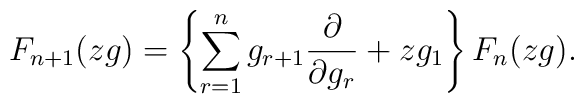
F_{n+1}(zg)=  \left\{    \sum_{r=1}^n g_{r+1} \frac{\partial}{\partial g_r}+zg_1  \right\} F_n(zg).